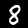
Label: 8